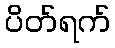
ပိတ်ရက်